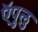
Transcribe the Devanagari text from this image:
ऍपुलु